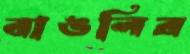
বাঙলির